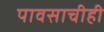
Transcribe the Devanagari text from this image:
पावसाचीही